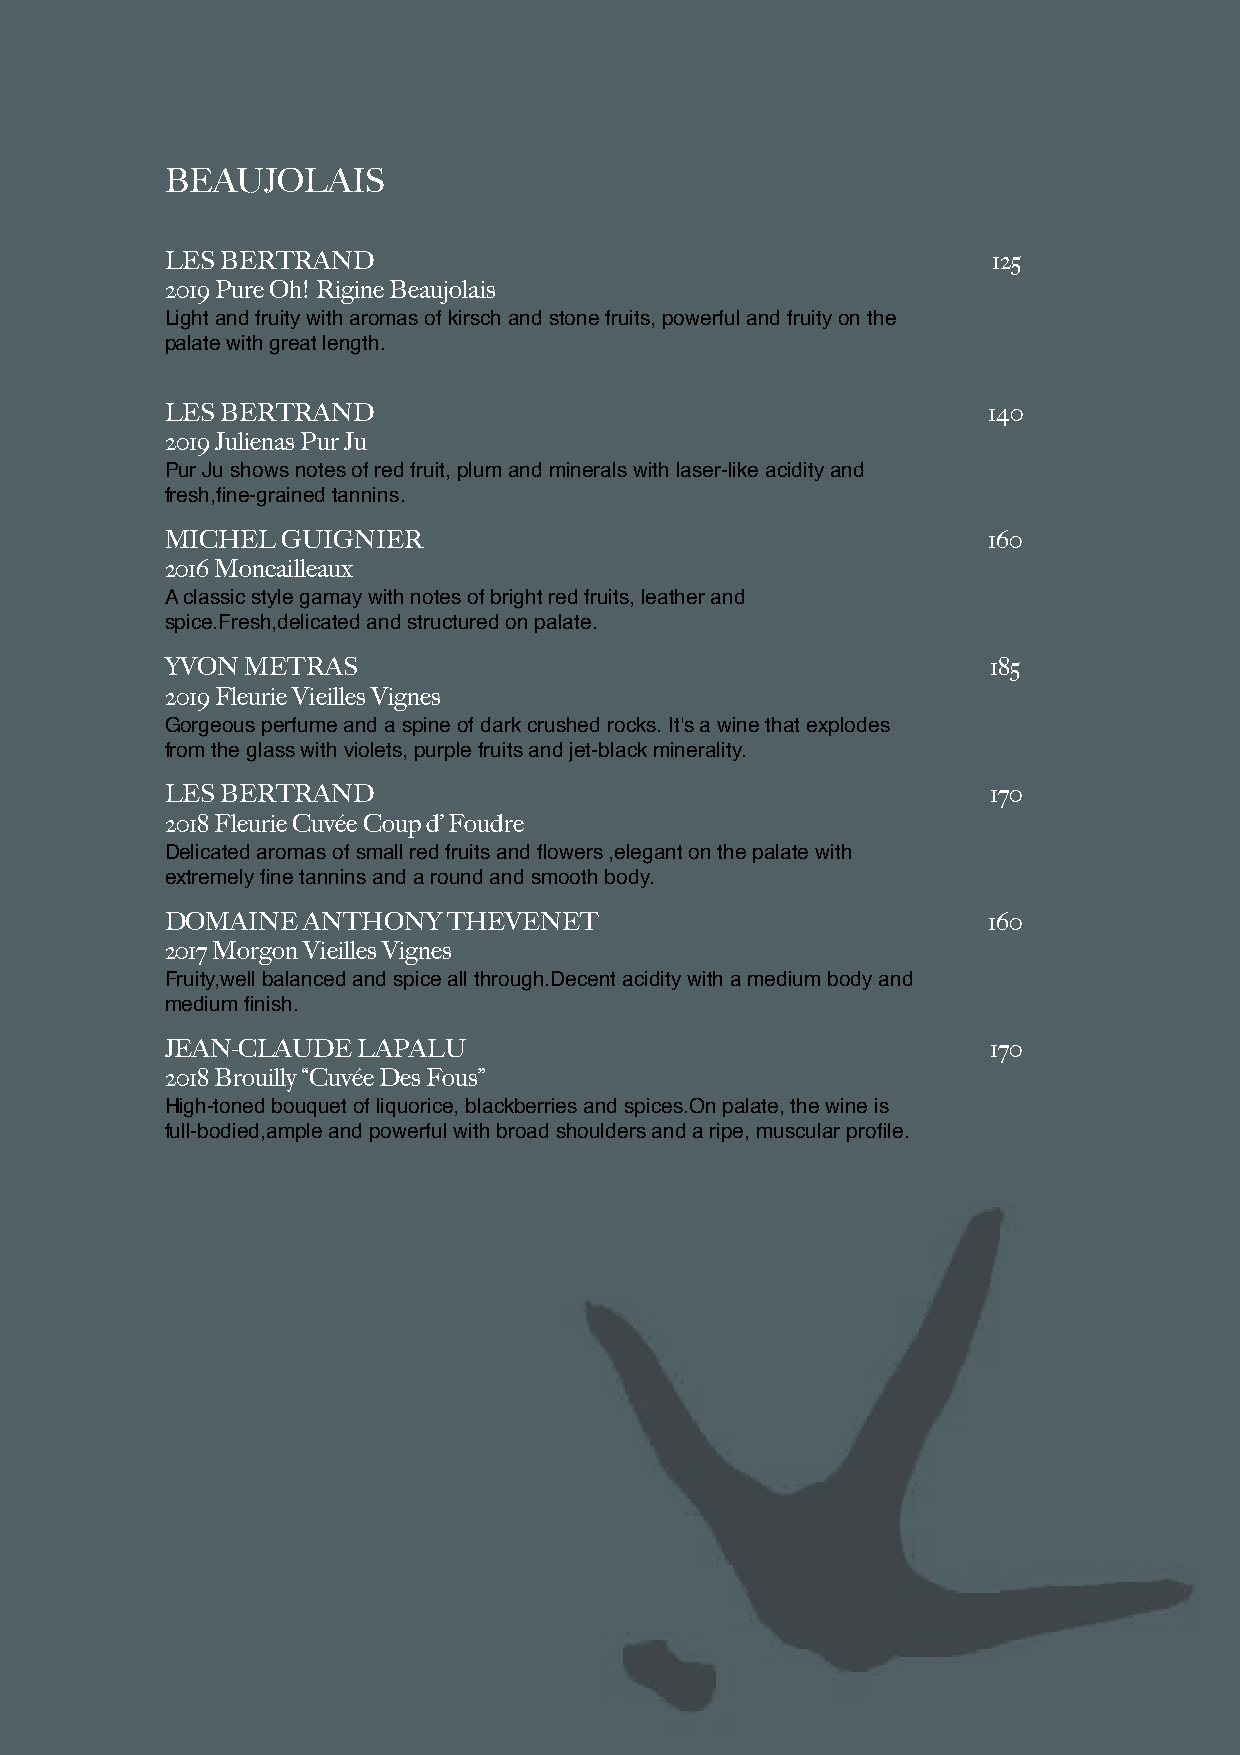
BEAUJOLAIS
 LES BERTRAND                                           125
 2019 Pure Oh! Rigine Beaujolais
 Light and fruity with aromas of kirsch and stone fruits, powerful and fruity on the
 palate with great length.
 LES BERTRAND                                          140
 2019 Julienas Pur Ju
 Pur Ju shows notes of red fruit, plum and minerals with laser-like acidity and
 fresh,fine-grained tannins.
 MICHEL  GUIGNIER                                      160
 2016 Moncailleaux
 A classic style gamay with notes of bright red fruits, leather and
 spice.Fresh,delicated and structured on palate.
 YVON METRAS                                            185
 2019 Fleurie Vieilles Vignes
 Gorgeous perfume and a spine of dark crushed rocks. It's a wine that explodes
 from the glass with violets, purple fruits and jet-black minerality.
 LES BERTRAND                                           170
 2018 Fleurie Cuvée Coup d’ Foudre
 Delicated aromas of small red fruits and flowers ,elegant on the palate with
 extremely fine tannins and a round and smooth body.
 DOMAINE  ANTHONY   THEVENET                           160
 2017 Morgon Vieilles Vignes
 Fruity,well balanced and spice all through.Decent acidity with a medium body and
 medium finish.
 JEAN-CLAUDE  LAPALU                                    170
 2018 Brouilly “Cuvée Des Fous”
 High-toned bouquet of liquorice, blackberries and spices.On palate, the wine is
 full-bodied,ample and powerful with broad shoulders and a ripe, muscular profile.